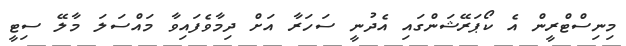
މިނިސްޓްރީން އެ ކޯޕަރޭޝަންގައި އެދުނީ ސަހަރާ އަށް ދިމާވެފައިވާ މައްސަލަ މާލޭ ސިޓީ